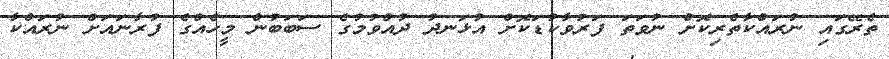
ތެރޭގައި ނުރައްކާތެރިކޮށް ނުވަތަ ފަރުވާކުޑަކޮށް އުޅަނދު ދުއްވުމުގެ ސަބަބުން މީހެއްގެ ފުރާނައަށް ނުރައްކާ